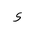
Letter: _hamza